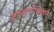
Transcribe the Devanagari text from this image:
सुपरइंपोजिशन